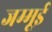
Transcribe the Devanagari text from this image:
जम्मूई